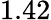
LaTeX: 1.42